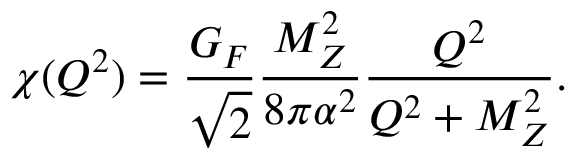
\chi ( Q ^ { 2 } ) = \frac { G _ { F } } { \sqrt { 2 } } \frac { M _ { Z } ^ { 2 } } { 8 \pi \alpha ^ { 2 } } \frac { Q ^ { 2 } } { Q ^ { 2 } + M _ { Z } ^ { 2 } } .